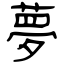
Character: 夢